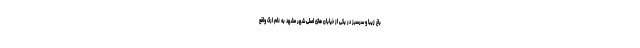
باغ زیبا و سرسبز در یکی از خیابان های اصلی شهر مشهد به نام ارگ واقع